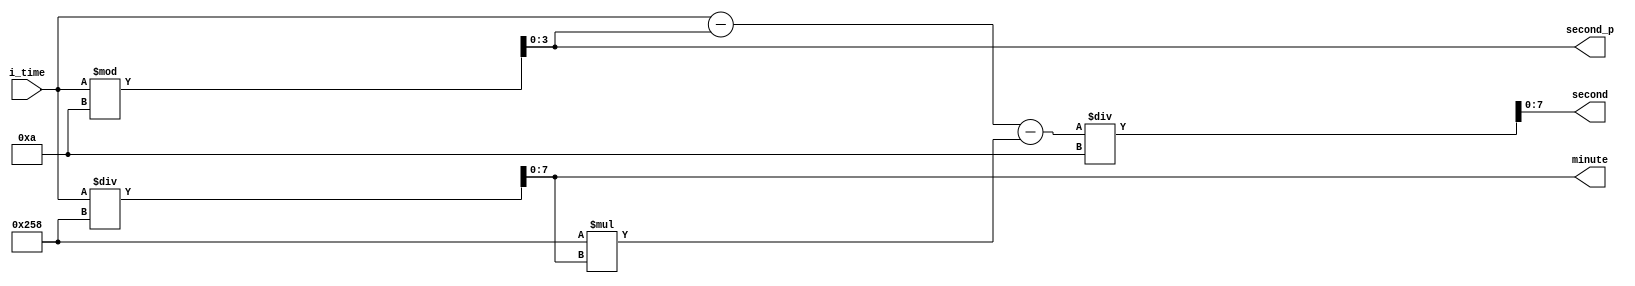
module gettime(i_time,minute,second,second_p);

input [15:0] i_time;
output [7:0] minute;
output [7:0] second;
output [3:0] second_p;

reg [7:0] minute;
reg [7:0] second;
reg [3:0] second_p;

always @ (i_time) 
begin
	second_p <= i_time % 6'd10;
	minute <= i_time / 16'd600; 
	second <= (i_time - second_p - 10'd600 * minute) / 4'd10;
end

endmodule